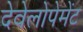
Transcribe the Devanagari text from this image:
देवेलोपेमेंट